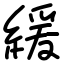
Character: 緩